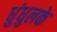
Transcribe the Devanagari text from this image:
धुंधुलके